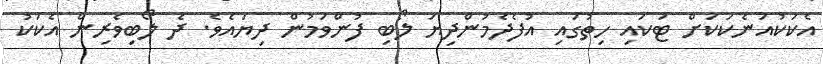
އެކަކުއަނެކަކަށް ޓަކައި ހިތުގައި އުފެދެމުންދިޔަ ލޯބި ފުންވަމުން ދިޔައެވެ. ދެ ލޯބިވެރިން އެކަކު